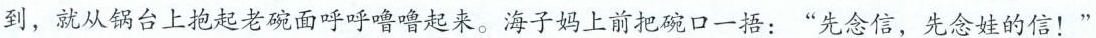
到，就从锅台上抱起老碗面呼呼噜噜起来。海子妈上前把碗口一捂：”先念信，先念娃的信！”